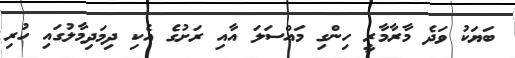
ބަޔަކު ވަދެ މާރާމާރީ ހިންގި މައްސަލަ އާއި ރަށުގެ އެކި ދިމަދިމާލުގައި ހުރި